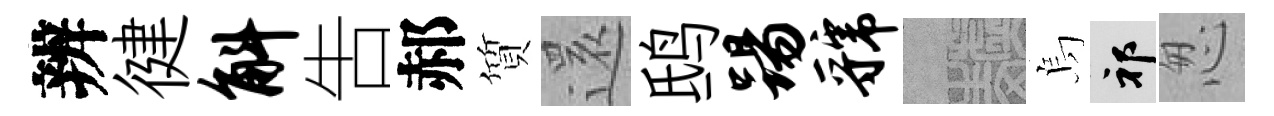
辨徤斛吿郝質𮟃鸱踢虢熙烏祁怱